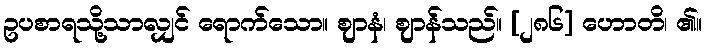
ဥပစာရသို့သာလျှင် ရောက်သော။ ဈာနံ၊ ဈာန်သည်။ [၂၈၆] ဟောတိ၊ ၏။